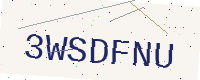
Text: 3WSDFNU